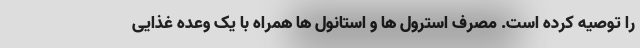
را توصیه کرده است. مصرف استرول ها و استانول ها همراه با یک وعده غذایی